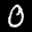
Label: 0